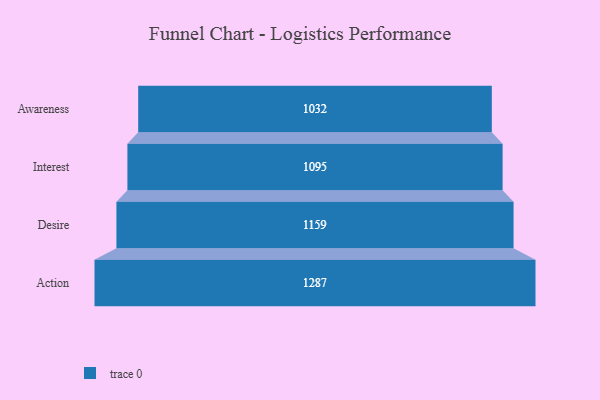
{"axis": {"x": "Stage", "y": "Value"}, "legend": [""], "data": [{"x": "Awareness", "y": 1032.0, "type": ""}, {"x": "Interest", "y": 1095.0, "type": ""}, {"x": "Desire", "y": 1159.0, "type": ""}, {"x": "Action", "y": 1287.0, "type": ""}]}